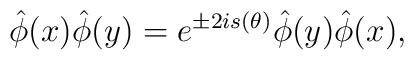
\hat{\phi}(x) \hat{\phi}(y) = e^{\pm 2i s (\theta)} \hat{\phi}(y)  \hat{\phi}(x),